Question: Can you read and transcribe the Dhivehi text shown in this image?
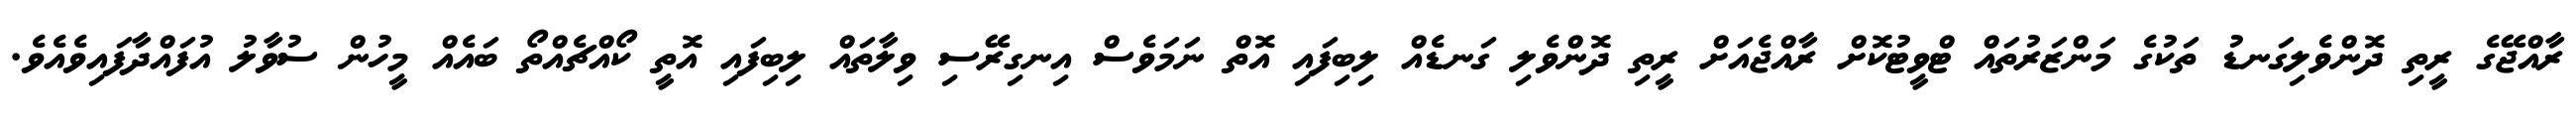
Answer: ރާއްޖޭގެ ރީތި ދޮންވެލިގަނޑު ތަކުގެ މަންޒަރުތައް ޓްވީޓުކޮށް ރާއްޖެއަށް ރީތި ދޮންވެލި ގަނޑެއް ލިބިފައި އޮތް ނަމަވެސް އިނގިރޭސި ވިލާތައް ލިބިފައި އޮތީ ކޯއްޗެއްތޯ ބައެއް މީހުން ސުވާލު އުފައްދާފައިވެއެވެ.